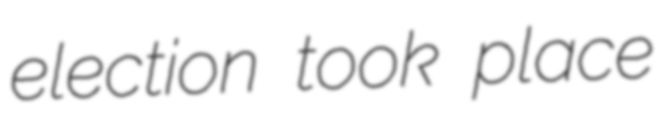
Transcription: election took place